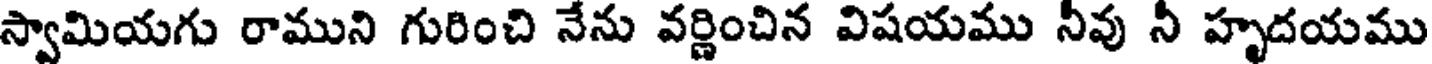
స్వామియగు రాముని గురించి నేను వర్ణించిన విషయము నీవు నీ హృదయము